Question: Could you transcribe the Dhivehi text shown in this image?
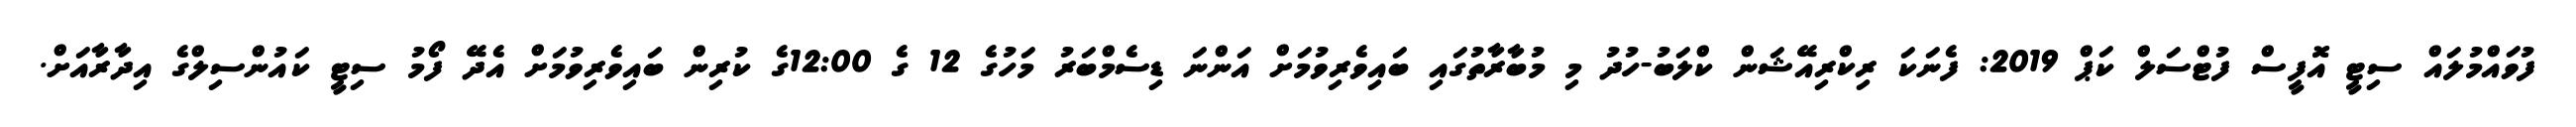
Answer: ފުވައްމުލައް ސިޓީ އޮފީސް ފުޓްސަލް ކަޕް 2019: ފެނަކަ ރިކްރިއޭޝަން ކްލަބު-ހުދު މި މުބާރާތުގައި ބައިވެރިވުމަށް އަންނަ ޑިސެމްބަރު މަހުގެ 12 ގެ 12:00ގެ ކުރިން ބައިވެރިވުމަށް އެދޭ ފޯމު ސިޓީ ކައުންސިލްގެ އިދާރާއަށް.